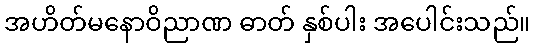
အဟိတ်မနောဝိညာဏ ဓာတ် နှစ်ပါး အပေါင်းသည်။